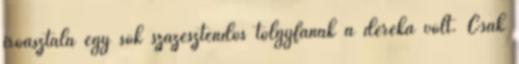
íróasztala egy sok százesztendős tölgyfának a dereka volt. Csak